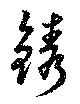
鐫